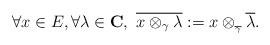
LaTeX: \begin{align*}\forall x \in E, \forall \lambda \in \mathbf{C}, \ \overline{x \otimes_\gamma \lambda} := x \otimes_{_{\overline{\gamma}}} \overline{\lambda}.\end{align*}